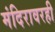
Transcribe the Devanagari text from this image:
मंदिरावरही